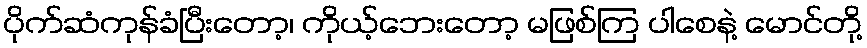
ပိုက်ဆံကုန်ခံပြီးတော့၊ ကိုယ့်ဘေးတော့ မဖြစ်ကြ ပါစေနဲ့ မောင်တို့